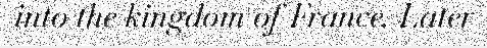
into the kingdom of France. Later